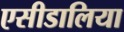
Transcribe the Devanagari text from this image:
एसीडालिया